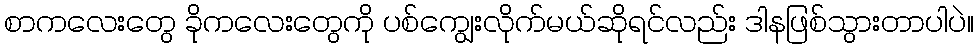
စာကလေးတွေ ခိုကလေးတွေကို ပစ်ကျွေးလိုက်မယ်ဆိုရင်လည်း ဒါနဖြစ်သွားတာပါပဲ။